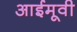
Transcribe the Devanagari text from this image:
आईमूवी